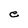
Character: e